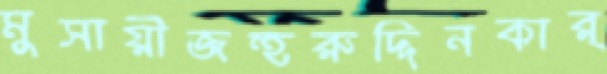
মুসায়ীজহুরুদ্দিনকার্